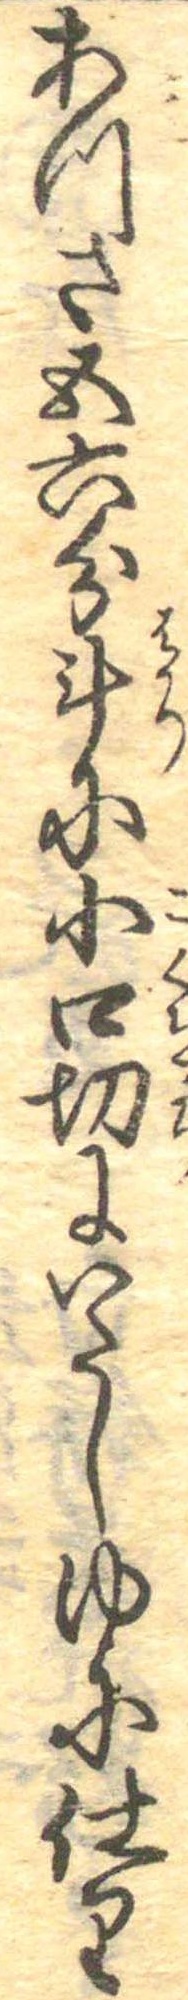
あつさ五六分斗に小口切にいたしゆに仕り